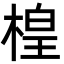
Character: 楻